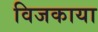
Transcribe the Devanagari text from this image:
विजकाया